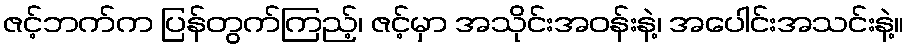
ဇင့်ဘက်က ပြန်တွက်ကြည့်၊ ဇင့်မှာ အသိုင်းအဝန်းနဲ့၊ အပေါင်းအသင်းနဲ့။